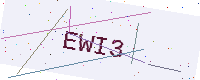
Text: EWI3